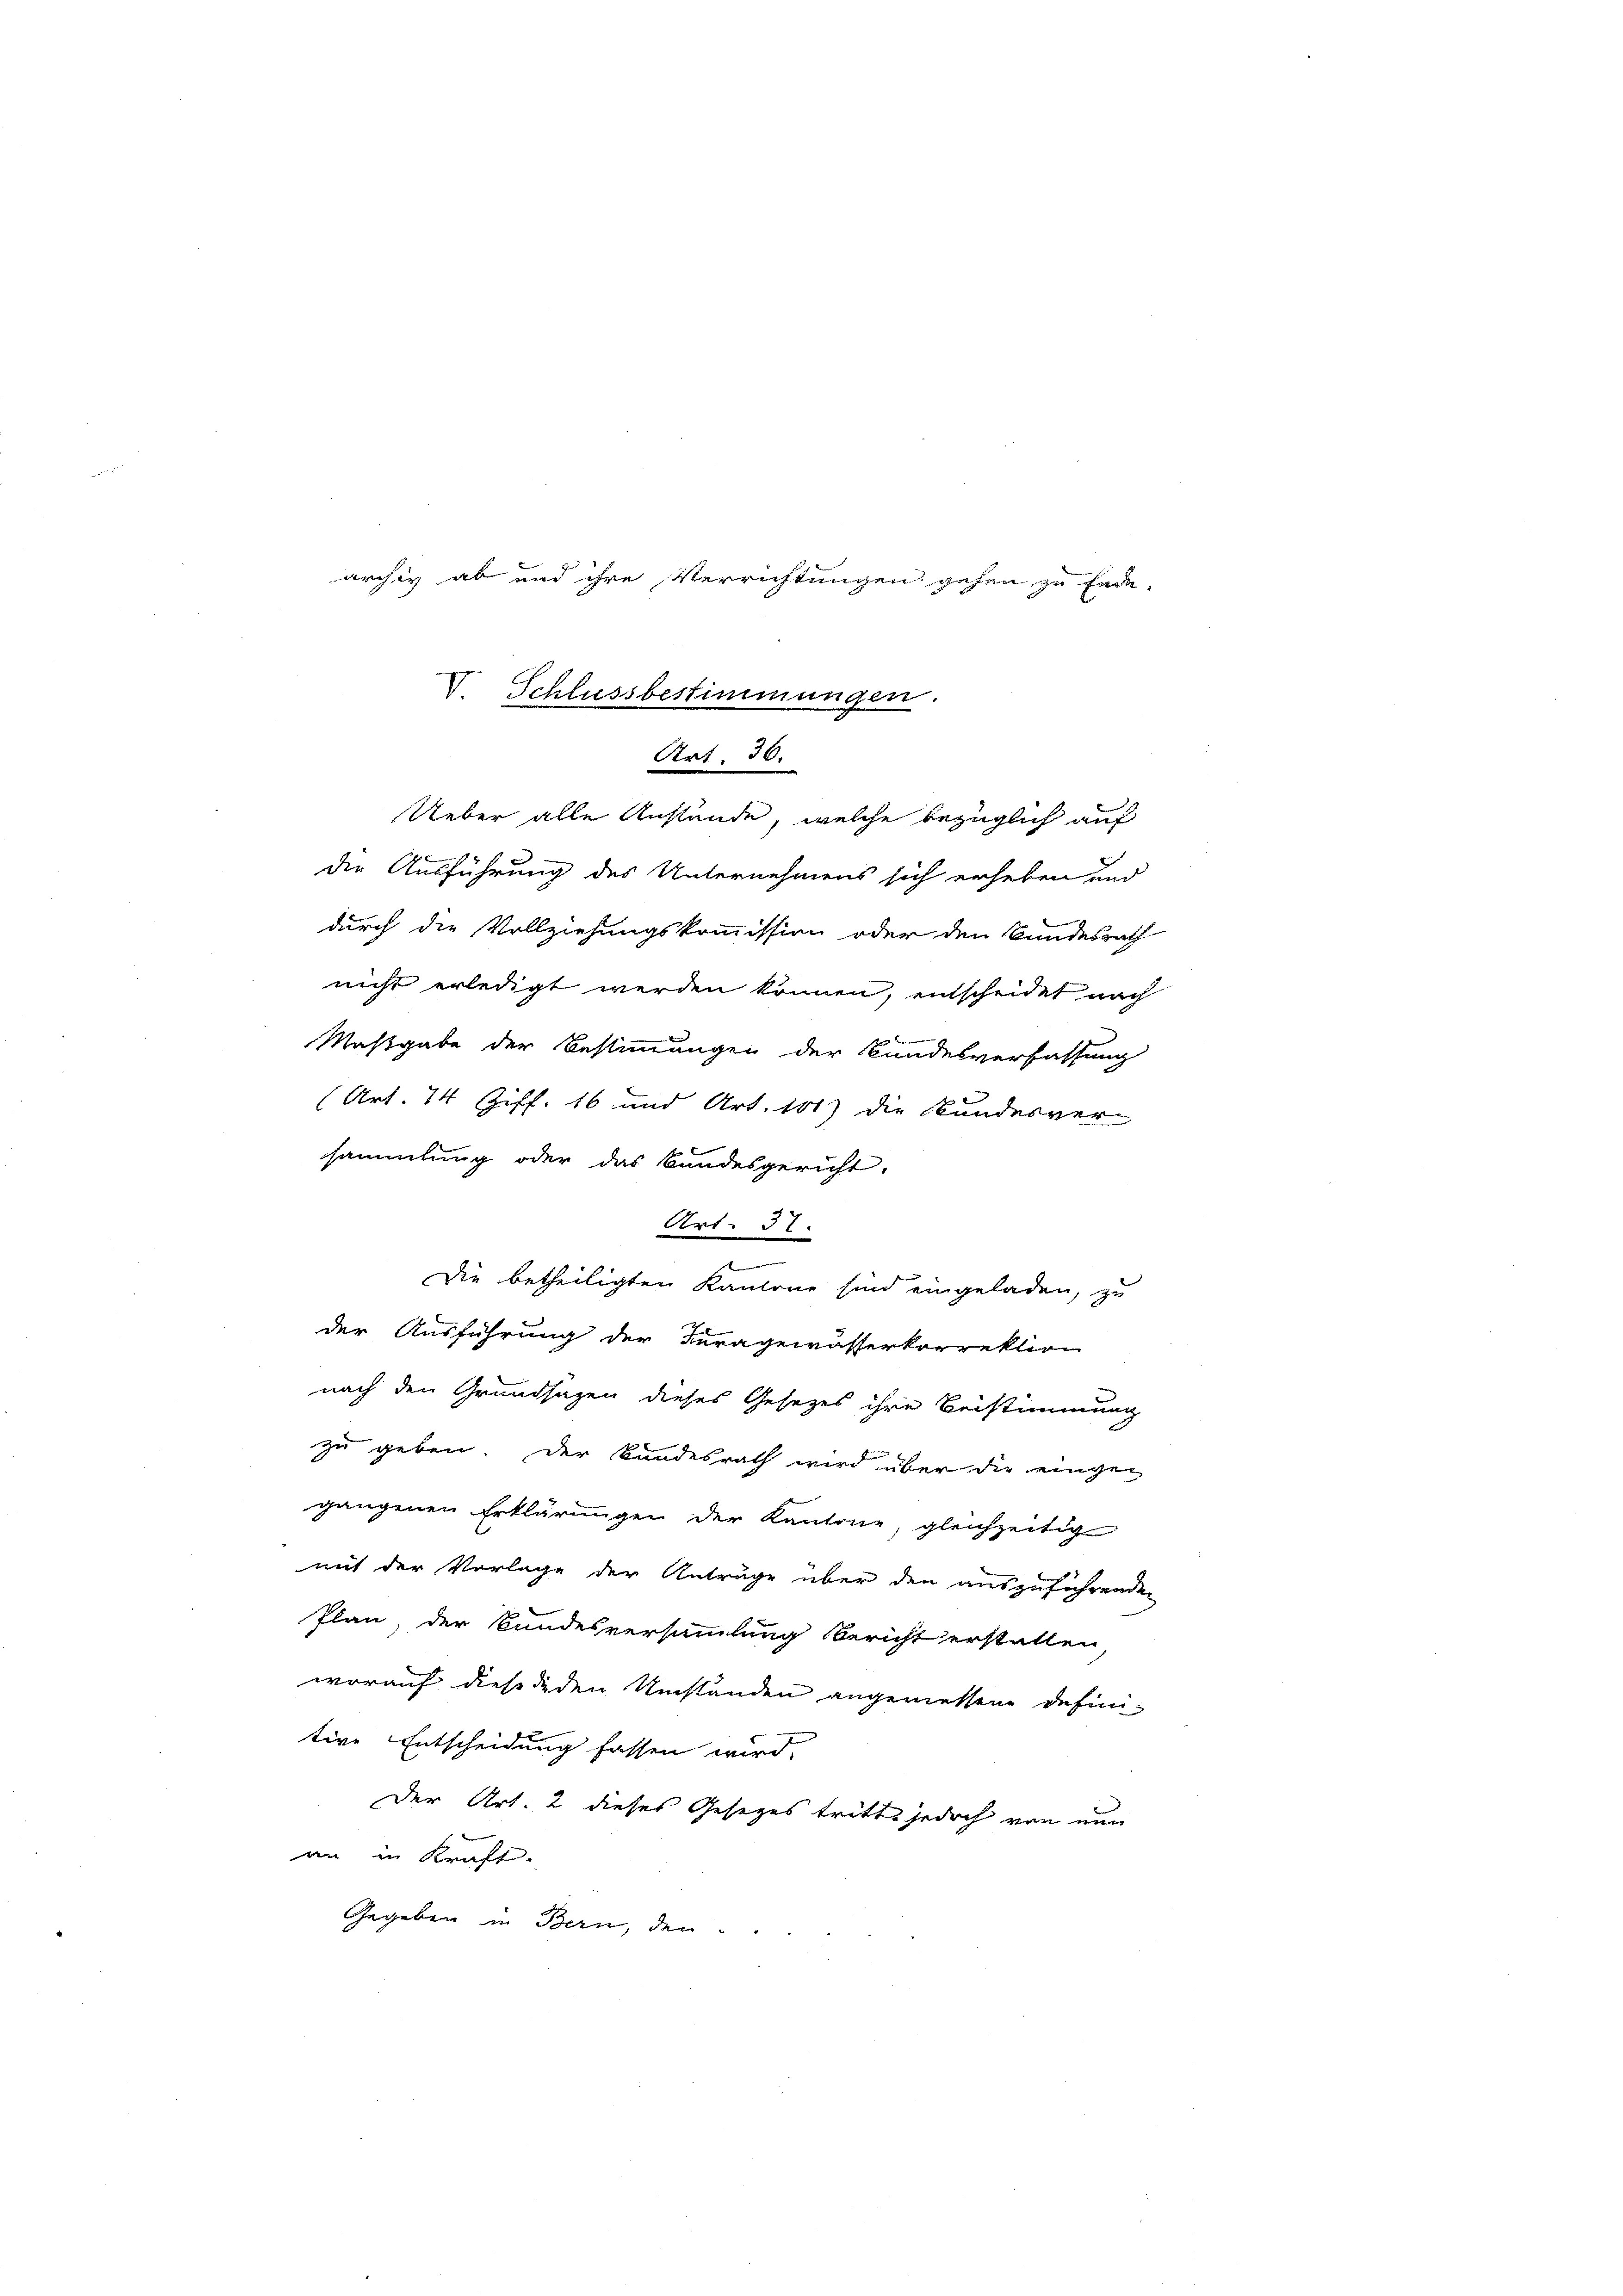
V Schlussbestimmungen.
Art. 36.
Ueber alle Anstände, welche bezüglich auf

archiv ab und ihre Verrichtungen gehen zu fern¬

die Ausführung des Unternehmens sich erheben und
durch die Vollziehungskommission oder den Bundesrath
nicht erledigt werden können, entscheidet nach
Maßgabe der Bestimmungen der Bundesverfassung
(Art. 74 Ziff. 16 und Art. 101) die Bundesversammlung oder das Bundesgericht.
Art. 31.
Die betheiligten Kantone sind eingeladen, zu
der Ausführung der Kuragewasserkorrektion
nach den Grundsazen dieses Gesetzes ihre Beistimmung
zu geben. Der Bundesrath wird über die eingegangenen Erklärungen der Kantone, gleichzeitig
mit der Vorlage der Anträge über den auszuführende
Plan der Bundesversammlung Bericht erstatten
worauf dieseiden Umständen angemessene definitive Entscheidung fassen wird.
Der Art. 2 dieses Gesezes tritte jedoch von nun
an in Kraft.
Gegeben in Bern, den